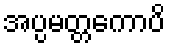
အပ္ပမတ္တကောပိ